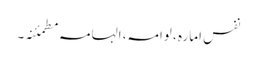
نفس امارہ ، لوامہ، الہامہ مطمئنہ۔